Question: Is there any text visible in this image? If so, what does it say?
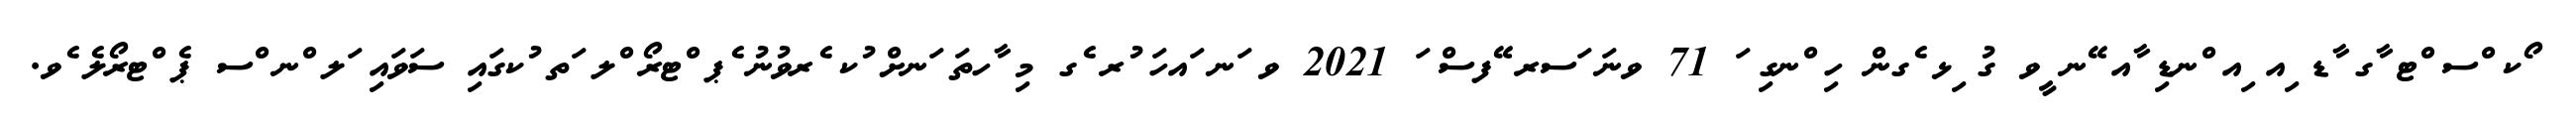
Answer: ޯކ ްސ ްޓ ާގ ާޑ ިއ ިއ ްނޑި ާއ ޭނ ީވ ގު ިޅ ެގން ހި ްނގި ަ 71 ވނަ ަސރ ޭފސް ަ 2021 ވ ަނ ައހަ ުރ ެގ މި ާހތަ ަނށް ުކ ެރވުނު ެޕ ްޓރޯ ްލ ަތ ުކގައި ސަވައި ަލ ްނ ްސ ޕެ ްޓރޯލެ ެވ.